Indian journal of veterinary science and animal husbandry - Volume 13,
Year: 1943
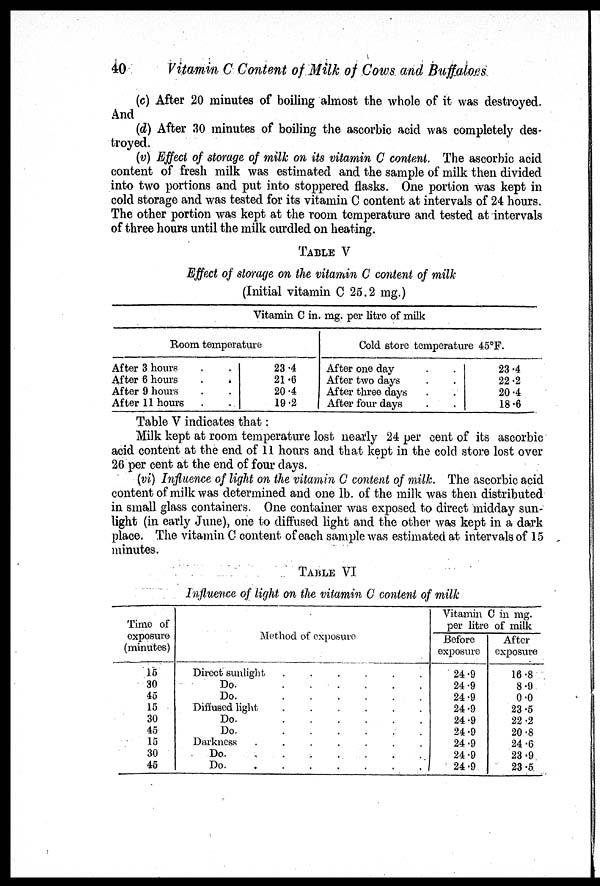
40
Vitamin C Content of Milk of Cows and Buffaloes
(c) After 20 minutes of boiling almost the whole of it was destroyed.
And
(d) After 30 minutes of boiling the ascorbic acid was completely des-
troyed.
(v) Effect of storage of milk on its vitamin C content. The ascorbic acid
content of fresh milk was estimated and the sample of milk then divided
into two portions and put into stoppered flasks. One portion was kept in
cold storage and was tested for its vitamin C content at intervals of 24 hours.
The other portion was kept at the room temperature and tested at intervals
of three hours until the milk curdled on heating.
TABLE V
Effect of storage on the vitamin C content of milk
(Initial vitamin C 25.2 mg.)
Vitamin C in. mg. per litre of milk
Room temperature
After 3 hours . .
After 6 hours . .
After 9 hours . .
After 11 hours . .
23.4
21.6
20.4
19.2
Cold store temperature 45°F.
After one day...
After two days . . .
After three days . . .
After four days . . .
23.4
22.2
20.4
18.6
Table V indicates that:
Milk kept at room temperature lost nearly 24 per cent of its ascorbic
acid content at the end of 11 hours and that kept in the cold store lost over
26 per cent at the end of four days.
(vi) Influence of light on the vitamin C content of milk. The ascorbic acid
content of milk was determined and one lb. of the milk was then distributed
in small glass containers. One container was exposed to direct midday sun-
light (in early June), one to diffused light and the other was kept in a dark
place. The vitamin C content of each sample was estimated at intervals of 15
minutes.
TABLE VI
Influence of light on the vitamin C content of milk
Time of
exposure
(minutes)
15
30
45
15
30
45
15
30
45
Method of exposure
Direct sunlight
Do.
Do.
Diffused light
Do.
Do.
Darkness
Do.
Do.
Vitamin C in mg.
per liter of milk
Before
exposure
24.9
24.9
24.9
24.9
24.9
24.9
24.9
24.9
24.9
After
exposure
16.8
8.9
0.0
23.5
22.2
20.8
24.6
23.9
23.5